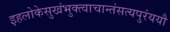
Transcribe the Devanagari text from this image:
इहलोकेसुखंभुक्त्वाचान्तंसत्यपुरंययौ